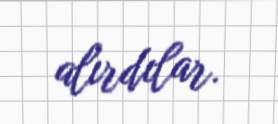
alırdılar.